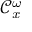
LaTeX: { \mathcal { C } } _ { x } ^ { \omega }